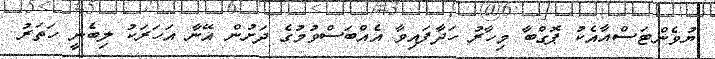
ޔުވެންޓަސްއާއެކު ޕޮގްބާ މިހާރު ހަދާފައިވާ އެއްބަސްވުމުގެ ދަށުން އޭނާ އަހަރަކު ލިބެނީ ހަތަރު